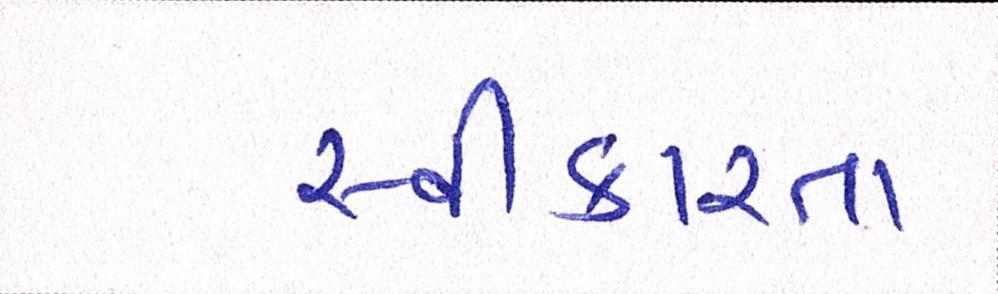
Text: સ્વીકારતા